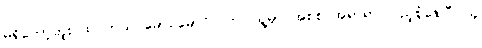
မရှိတော့ဘူး ထင်တယ် မောင်မောင်လတ်၊ သူ့မှာ အစစ အရာရာ ပြည့်စုံနေပြီ၊ သူ